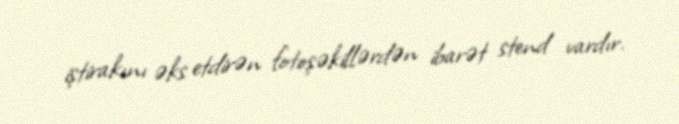
iştirakını əks etdirən fotoşəkillərdən ibarət stend vardır.